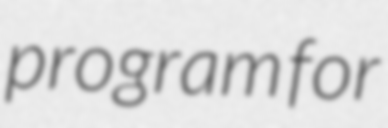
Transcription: program for